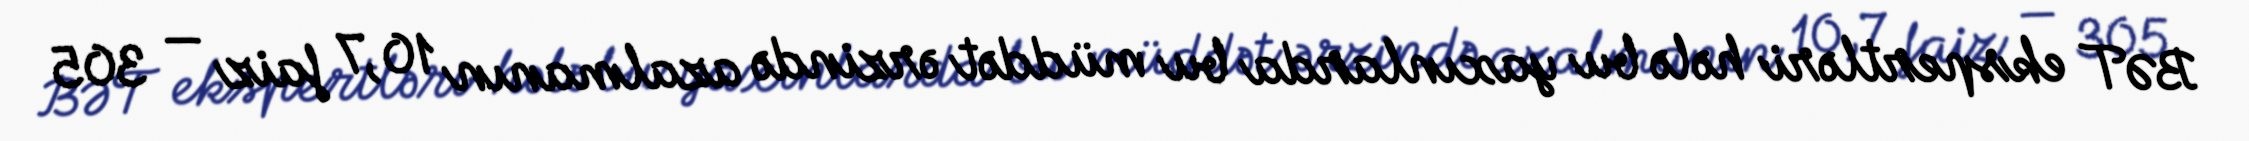
BƏT ekspertləri hələ bu yaxınlarda bu müddət ərzində azalmanın 10,7 faiz — 305